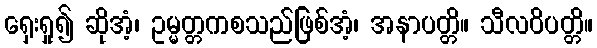
ရှေးရှု၍ ဆိုအံ့၊ ဥမ္မတ္တကစသည်ဖြစ်အံ့၊ အနာပတ္တိ။ သီလဝိပတ္တိ။